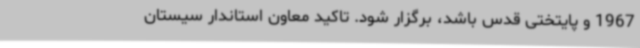
1967 و پایتختی قدس باشد، برگزار شود. تاکید معاون استاندار سیستان